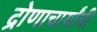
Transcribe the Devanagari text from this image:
द्रोणाचार्यांची